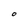
Character: O